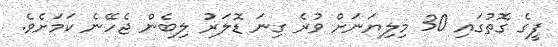
ފީގެ ގޮތުގައި 30 މިލިޔަނަށް ވުރެ ގިނަ ޑޮލަރު ލިބެން ޖެހޭނެ ކަމަށެވެ.